Medical and sanitary report of the native army of Bengal for the year
Year: 1874
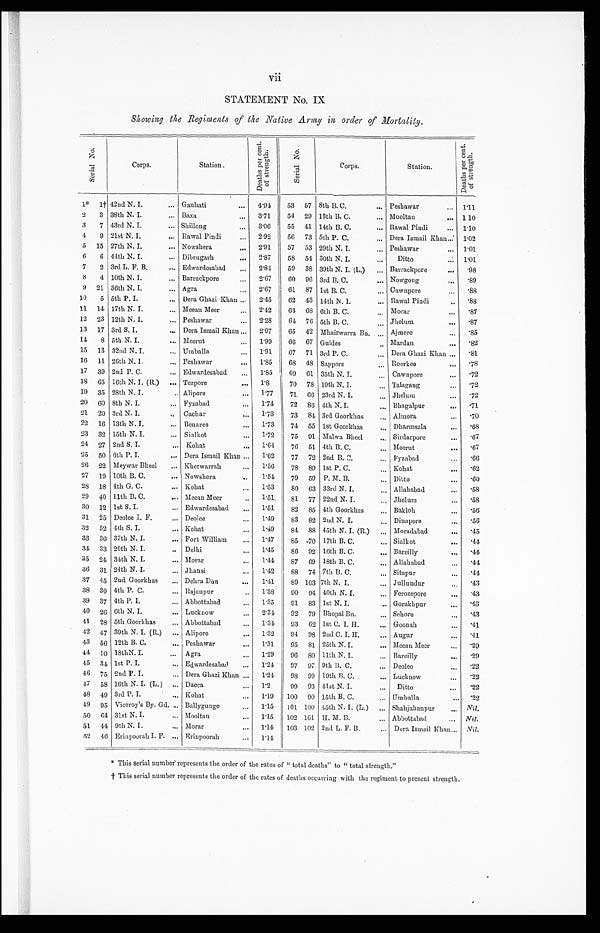
STATEMENT No. IX
Showing the Regiments of the Native Army in order of Mortality.
S e r i a l N o .
Corps.
Station
D e a t h s p e r c e n t . o f s t r e n g t h .
S e r i a l N o .
Corps.
Station.
D e a t h s p e r c e n t . o f s t r e n g t h .
1*
1 † 42nd N. I.
Gauhati
4.94
53 57 8th B. C.
Peshawar
1 . 1 1
2
3 38th N. I.
Baxa
3.71
54 29 13th B. C.
Mooltan
1 . 1 0
3
7 43rd N. I.
Shillong
3.06 55 41 14th B. C.
Rawal Pindi
1 . 1 0
4
9 21st N. I.
Rawal Pindi
2.92
56 73 5th P. C.
Dora Ismail Khan
1 . 0 2
5
1 5 27th N. I.
Nowshera
2.91
57 53 29th N. I.
Peshawar
1 . 0 1
6
6 44th N. I.
Dibrugarh
2.87
58 54 30th N. I.
Ditto
1 . 0 1
7
2 3rd L. F. B.
Edwardesabad
2.84
59 38 39th N. I. (L.)
Barrackpore
. 9 8
8
4 10th N. I.
Barrackpore
2.67
6 0 96 3rd B. C.
Nowgong
. 8 9
9
2 1 36th N. I.
Agra
2.67
61 87 1st 13. C.
Cawnpore
. 8 8
10
5 5th P. I.
Dera Ghazi Khan
2.45 62 43 14th N. I.
Rawal Pindi
. 8 8
11
1 4 17th N. I.
Meean Meer
2.42
63 68 6th B. C.
Morar
. 8 7
12
2 3 12th N. I.
Peshawar
2.28
61 76 5th B. C.
Jhelum
. 8 7
13
1 7 3rd S. I.
Dora Ismail Khan
2.07
65 42 Mhairwarra Ba.
Ajmere
. 8 5
14
8 5th N. I.
Meerut
1.99
66 67 Guides
Mardan
. 8 2
15
1 3 32nd N. I.
Umballa
1.91 67 71 3rd P. C.
Dera Ghazi Khan
. 8 1
16
1 1 26th N. I.
Peshawar
1.85 68 48 Sappers
Roorkee
. 7 8
17
3 9 2nd P. C.
Edwardesabad
1.85 69 61 35th N. I.
Cawnpore
. 7 2
18
6 5 16th N. I. (R.) Tezpore
1.8
70 78 19th N. I.
Talagaug
. 7 2
19
3 5 28th N. I.
Alipore
1.77
71 66 23rd N. I.
Jhelum
. 7 2
20
6 0 8th N. I.
Fyzabad
1.74
72 80 4th N. I.
Bhagalpur
. 7 1
21
2 0 3rd N. I.
Cachar
1.73
73 84 3rd Goorkhas
Almora
. 7 0
22
1 6 13th N. I.
Benares
1.73
74 55 1st Goorkhas
Dharmsala
. 6 8
23
3 2 15th N. I.
Sialkot
1.72
75 91 Malwa Bheel
Sirdarpore
. 6 7
24
2 7 2nd S. I.
Kohat
1.64
76 51 4th B. C.
Meerut
. 6 7
25
5 0 6th P. I.
Dera Ismail Khan
1.62
77 72 2nd B. C.
Fyzabad
. 6 6
26
2 2 Meywar Bheel. Kherwarrah
1.56
78 89 1st P. C.
Kohat
. 6 2
27
1 9 10th B. C.
Nowshera
1.54
79 59 P. M. B.
Ditto
. 6 0
28
1 8 4th G. C.
Kohat
1.53
80 63 33rd N. I.
Allahabad
. 5 8
29
4 0 11th B. C.
Meean Meer
1.51
81 77 22nd N. I.
Jhelum
. 5 8
30
1 2 1st S. I.
Edwardesabad
1.51
82 85 4th Goorkhas
Bakloh
. 5 6
31
2 5 Deolee I. F.
Deolee
1.49
83 82 2nd N. I.
Dinapore
. 5 6
32
5 2 4th S. I.
Kohat
1.49
81 88 45th N. I. (R.)
Moradabad
. 4 5
33
3 6 37th N. I.
Fort William
1.47
85 70 17th B. C.
Sialkot
. 4 4
31
3 3 20th N. I.
Delhi
1.45
86 92 16th B. C.
Bareilly
. 4 4
35
2 4 34th N. I.
Morar
1.44
87 69 18th B. C.
Allahabad
. 4 4
36
3 1 24th N. I.
Jhansi
1.42
88 74 7th B. C.
Sitapur
. 4 4
37
4 5 2nd Goorkhas Dehra Dún
1.41
89 103 7th N. I.
Jullundur
. 4 3
38
3 0 4th P. C.
Rajanpur
1.38
90 9 4 40th N. I.
Ferozepore
. 4 3
39
3 7 4th P. I.
Abbottabad
1.35
91 8 3 1st N. I.
Gorakhpur
. 4 3
40
2 6 6th N. I.
Lucknow
2.34
92 7 9
B h o p a l B n .
Sehore
. 4 3
41
2 8 5th Goorkhas Abbottabad
1.34
93 6 2 1 s t C . I . H .
Goonah
. 4 1
42
4 7 39th N. I. (R.) Alipore
1.32
94 9 8 2nd C. I. H.
Augur
. 4 1
43
5 6 12th B. C.
Peshawar
1.31
95 8 1 25th N. I.
Meean Meer
. 2 9
44
1 0 18th N. I.
Agra
1.29
96 8 0 11th N. I.
Bareilly
. 2 9
45
3 4 1st P. I.
Edwardesabad
1.24
97 9 7 9th B. C.
Deolee
. 2 2
46
7 5 2nd P. I.
Dera Ghazi Khan
1.24
98 9 9 19th B. C.
Lucknow
. 2 2
47
5 8 16th N. I. (L.) Dacca
1.2
99 9 3 41st N. I.
Ditto
. 2 2
48
4 9 3rd P. I.
Kohat
1.19 100 9 0 15th B. C.
Umballa
. 2 2
49
9 5 Viceroy's By. Gd.
Ballygunge
1.15 101 100 45th N. I. (L.)
Shahjahanpur
N i l .
50
6 4 31st N. I.
Mooltan
1.15 102 101 H. M. B.
Abbottabad
N i l
51
4 4 9th N. I.
Morar
1.14 103 102 2nd L. F. B.
Dora Ismail Khan
N i l
52
4 6 Erinpoorah I. F. Erinpoorah
1.14
* This serial number represents the order of the rates of "total deaths" to "total strength."
† This serial number represents the order of the rates of deaths occurring with the regiment to present strength.